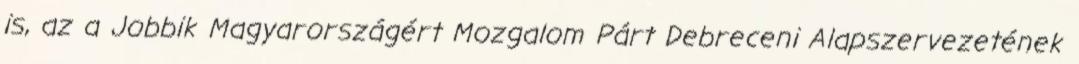
is, az a Jobbik Magyarországért Mozgalom Párt Debreceni Alapszervezetének